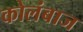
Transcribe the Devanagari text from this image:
कोलंबाज